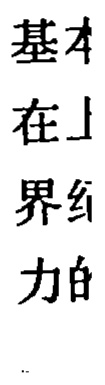
基本
在上
界约
力的